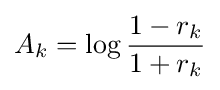
A_{k}=\log {1-r_{k} \over 1+r_{k}}